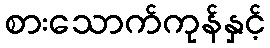
စားသောက်ကုန်နှင့်